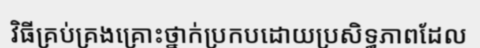
វិធីគ្រប់គ្រងគ្រោះថ្នាក់ប្រកបដោយប្រសិទ្ធភាពដែល